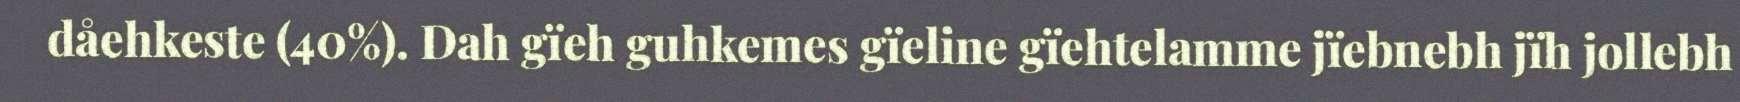
dåehkeste (40%). Dah gïeh guhkemes gïeline gïehtelamme jïebnebh jïh jollebh